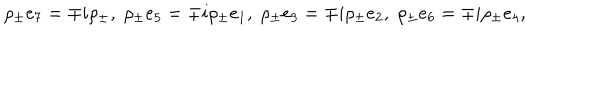
LaTeX: \rho _ { \pm } e _ { 7 } = \mp i \rho _ { \pm } , \; \rho _ { \pm } e _ { 5 } = \mp i \rho _ { \pm } e _ { 1 } , \; \rho _ { \pm } e _ { 3 } = \mp i \rho _ { \pm } e _ { 2 } , \; \rho _ { \pm } e _ { 6 } = \mp i \rho _ { \pm } e _ { 4 } ,